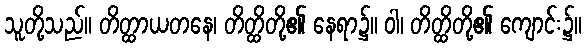
သူတို့သည်။ တိတ္ထာယတနေ၊ တိတ္ထိတို့၏ နေရာ၌။ ဝါ၊ တိတ္ထိတို့၏ ကျောင်း၌။